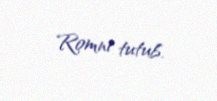
Romni tutub.